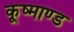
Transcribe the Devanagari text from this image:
कूष्माण्ड